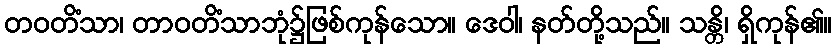
တဝတိံသာ၊ တာဝတိံသာဘုံ၌ဖြစ်ကုန်သော။ ဒေဝါ၊ နတ်တို့သည်။ သန္တိ၊ ရှိကုန်၏။